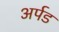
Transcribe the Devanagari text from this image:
अर्पड